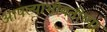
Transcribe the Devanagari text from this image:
आपल्याभोवतीच्या